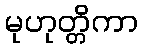
မုဟုတ္တိကာ